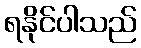
ရနိုင်ပါသည်